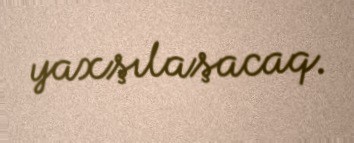
yaxşılaşacaq.